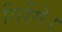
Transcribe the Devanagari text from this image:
गिरेंगे।